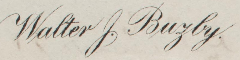
Walter J. Bugby.